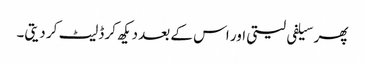
پھر سیلفی لیتی اور اس کے بعد دیکھ کر ڈلیٹ کر دیتی۔